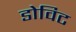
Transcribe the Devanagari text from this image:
डोविट